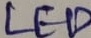
Text: LED